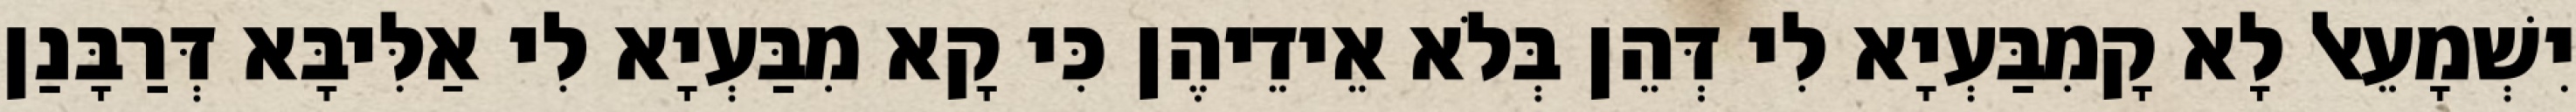
יִשְׁמָעֵאל לָא קָמִבַּעְיָא לִי דְּהֵן בְּלֹא אֵידֵיהֶן כִּי קָא מִבַּעְיָא לִי אַלִּיבָּא דְּרַבָּנַן